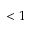
< 1